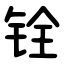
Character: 铨